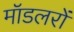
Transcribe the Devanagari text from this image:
मॉडलरों